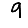
Digit: 9